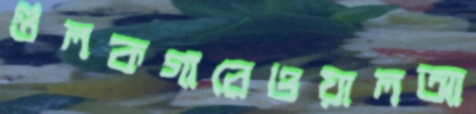
গুলকগারেওয়ালআ